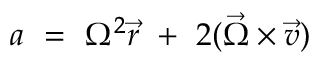
a \ = \ \Omega ^ { 2 } { \vec { r } } \ + \ 2 ( { \vec { \Omega } } \times { \vec { v } } )